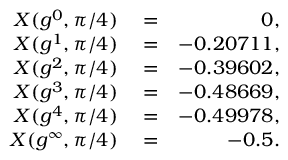
\begin{array} { r l r } { X ( g ^ { 0 } , \pi / 4 ) } & { { } = } & { 0 , } \\ { X ( g ^ { 1 } , \pi / 4 ) } & { { } = } & { - 0 . 2 0 7 1 1 , } \\ { X ( g ^ { 2 } , \pi / 4 ) } & { { } = } & { - 0 . 3 9 6 0 2 , } \\ { X ( g ^ { 3 } , \pi / 4 ) } & { { } = } & { - 0 . 4 8 6 6 9 , } \\ { X ( g ^ { 4 } , \pi / 4 ) } & { { } = } & { - 0 . 4 9 9 7 8 , } \\ { X ( g ^ { \infty } , \pi / 4 ) } & { { } = } & { - 0 . 5 . } \end{array}